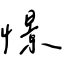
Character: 憬